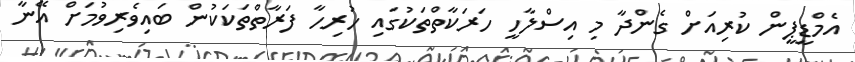
އެމްޑީޕީން ކުރިއަށް ގެންދާ މި އިސްލާހީ ހަރަކާތްތަކުގައި ހުރިހާ ފަރާތްތަކަކުން ބައިވެރިވުމަށް އޭނާ